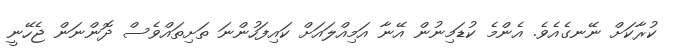
ކުރާކަށް ނޭނގެއެވެ. އެންމެ ކުޑަމިނުން އޭނާ އަމިއްލައަށް ކައިފަހުންނަ ތަށިތައްވެސް ދޮންނަން ޖެހޭނީ